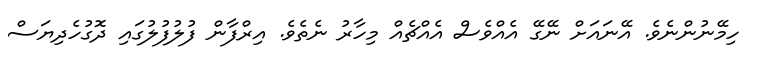
ހިމޭނުންނެވެ. އޭނައަށް ނޭގޭ އެއްވެސް އެއްޗެއް މިހާރު ނެތެވެ. އިރްފާން ފުލުފުލުގައި ދޮގުހެދިޔަސް